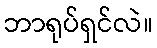
ဘာရုပ်ရှင်လဲ။